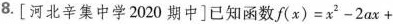
8.[河北辛集中学2020期中]已知函数$$f(x)=x^{2}-2ax+$$